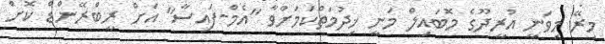
މިރޭ މިވަނީ އުރީދޫގެ މޮބައިލް މަނީ ޚިދުމަތްކަމަށްވާ "އެމް-ފައިސާ" އަށް ރީބްރޭންޑް ކޮށް